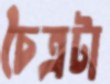
চৈত্রটা